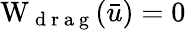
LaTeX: \mathrm W_{\mathrm{~d~r~a~g~}}(\bar{u})=0